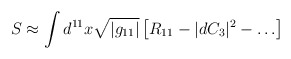
\begin{align*}S \approx \int d^{11}x \sqrt{|g_{11}|} \left[ R_{11} - |dC_3|^2 -\ldots \right]\end{align*}